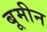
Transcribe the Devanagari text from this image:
बूमीन